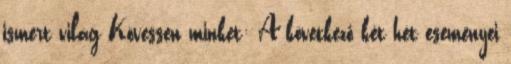
ismert világ Kövessen minket: A következő két hét eseményei